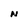
Character: N